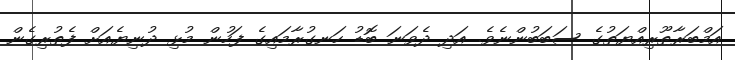
އަމްބަރާޠޫރިއްޔަތުގެ ސަބަބުންނެވެ. އަދި ދެވަނަ ބޮޑު ހަނގުރާމައިގެ ފަހުން މުޅި ދުނިޔެއަށް ފެތުރިގެން